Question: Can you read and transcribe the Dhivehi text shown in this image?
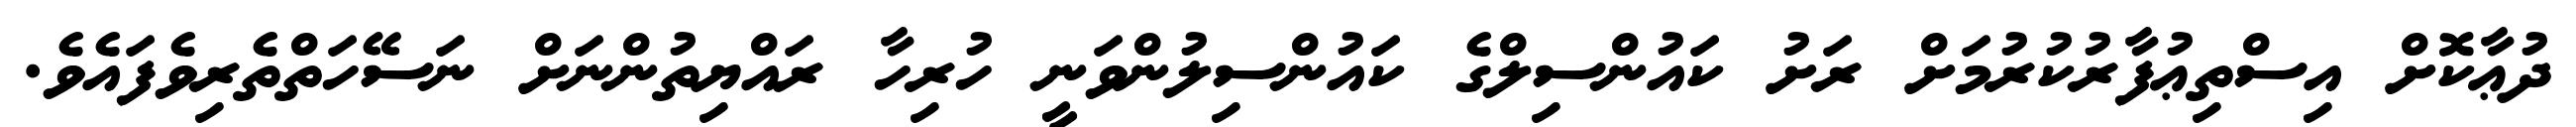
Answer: ދުޢާކޮށް އިސްތިޢުފާރުކުރުމަށް ރަށު ކައުންސިލްގެ ކައުންސިލުންވަނީ ހުރިހާ ރައްޔިތުންނަށް ނަސޭހަތްތެރިވެފައެވެ.